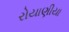
રોયાણીયા